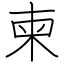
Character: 柬